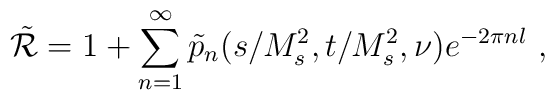
\tilde{\cal R}=1+\sum_{n=1}^{\infty}\tilde p_n(s/M_s^2,t/M_s^2,\nu)e^{-2\pi n l} \ ,